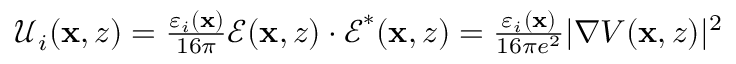
\begin{array} { r } { \mathcal { U } _ { i } ( \mathbf { x } , z ) = \frac { \varepsilon _ { i } ( \mathbf { x } ) } { 1 6 \pi } \boldsymbol { \mathcal { E } } ( \mathbf { x } , z ) \cdot \boldsymbol { \mathcal { E } } ^ { * } ( \mathbf { x } , z ) = \frac { \varepsilon _ { i } ( \mathbf { x } ) } { 1 6 \pi e ^ { 2 } } | \nabla V ( \mathbf { x } , z ) | ^ { 2 } } \end{array}